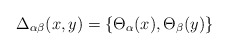
\begin{align*}\Delta_{\alpha\beta} (x,y) =\left\{\Theta_\alpha(x),\Theta_\beta(y)\right\}\end{align*}